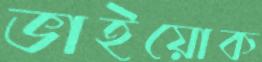
ভাইয়োক